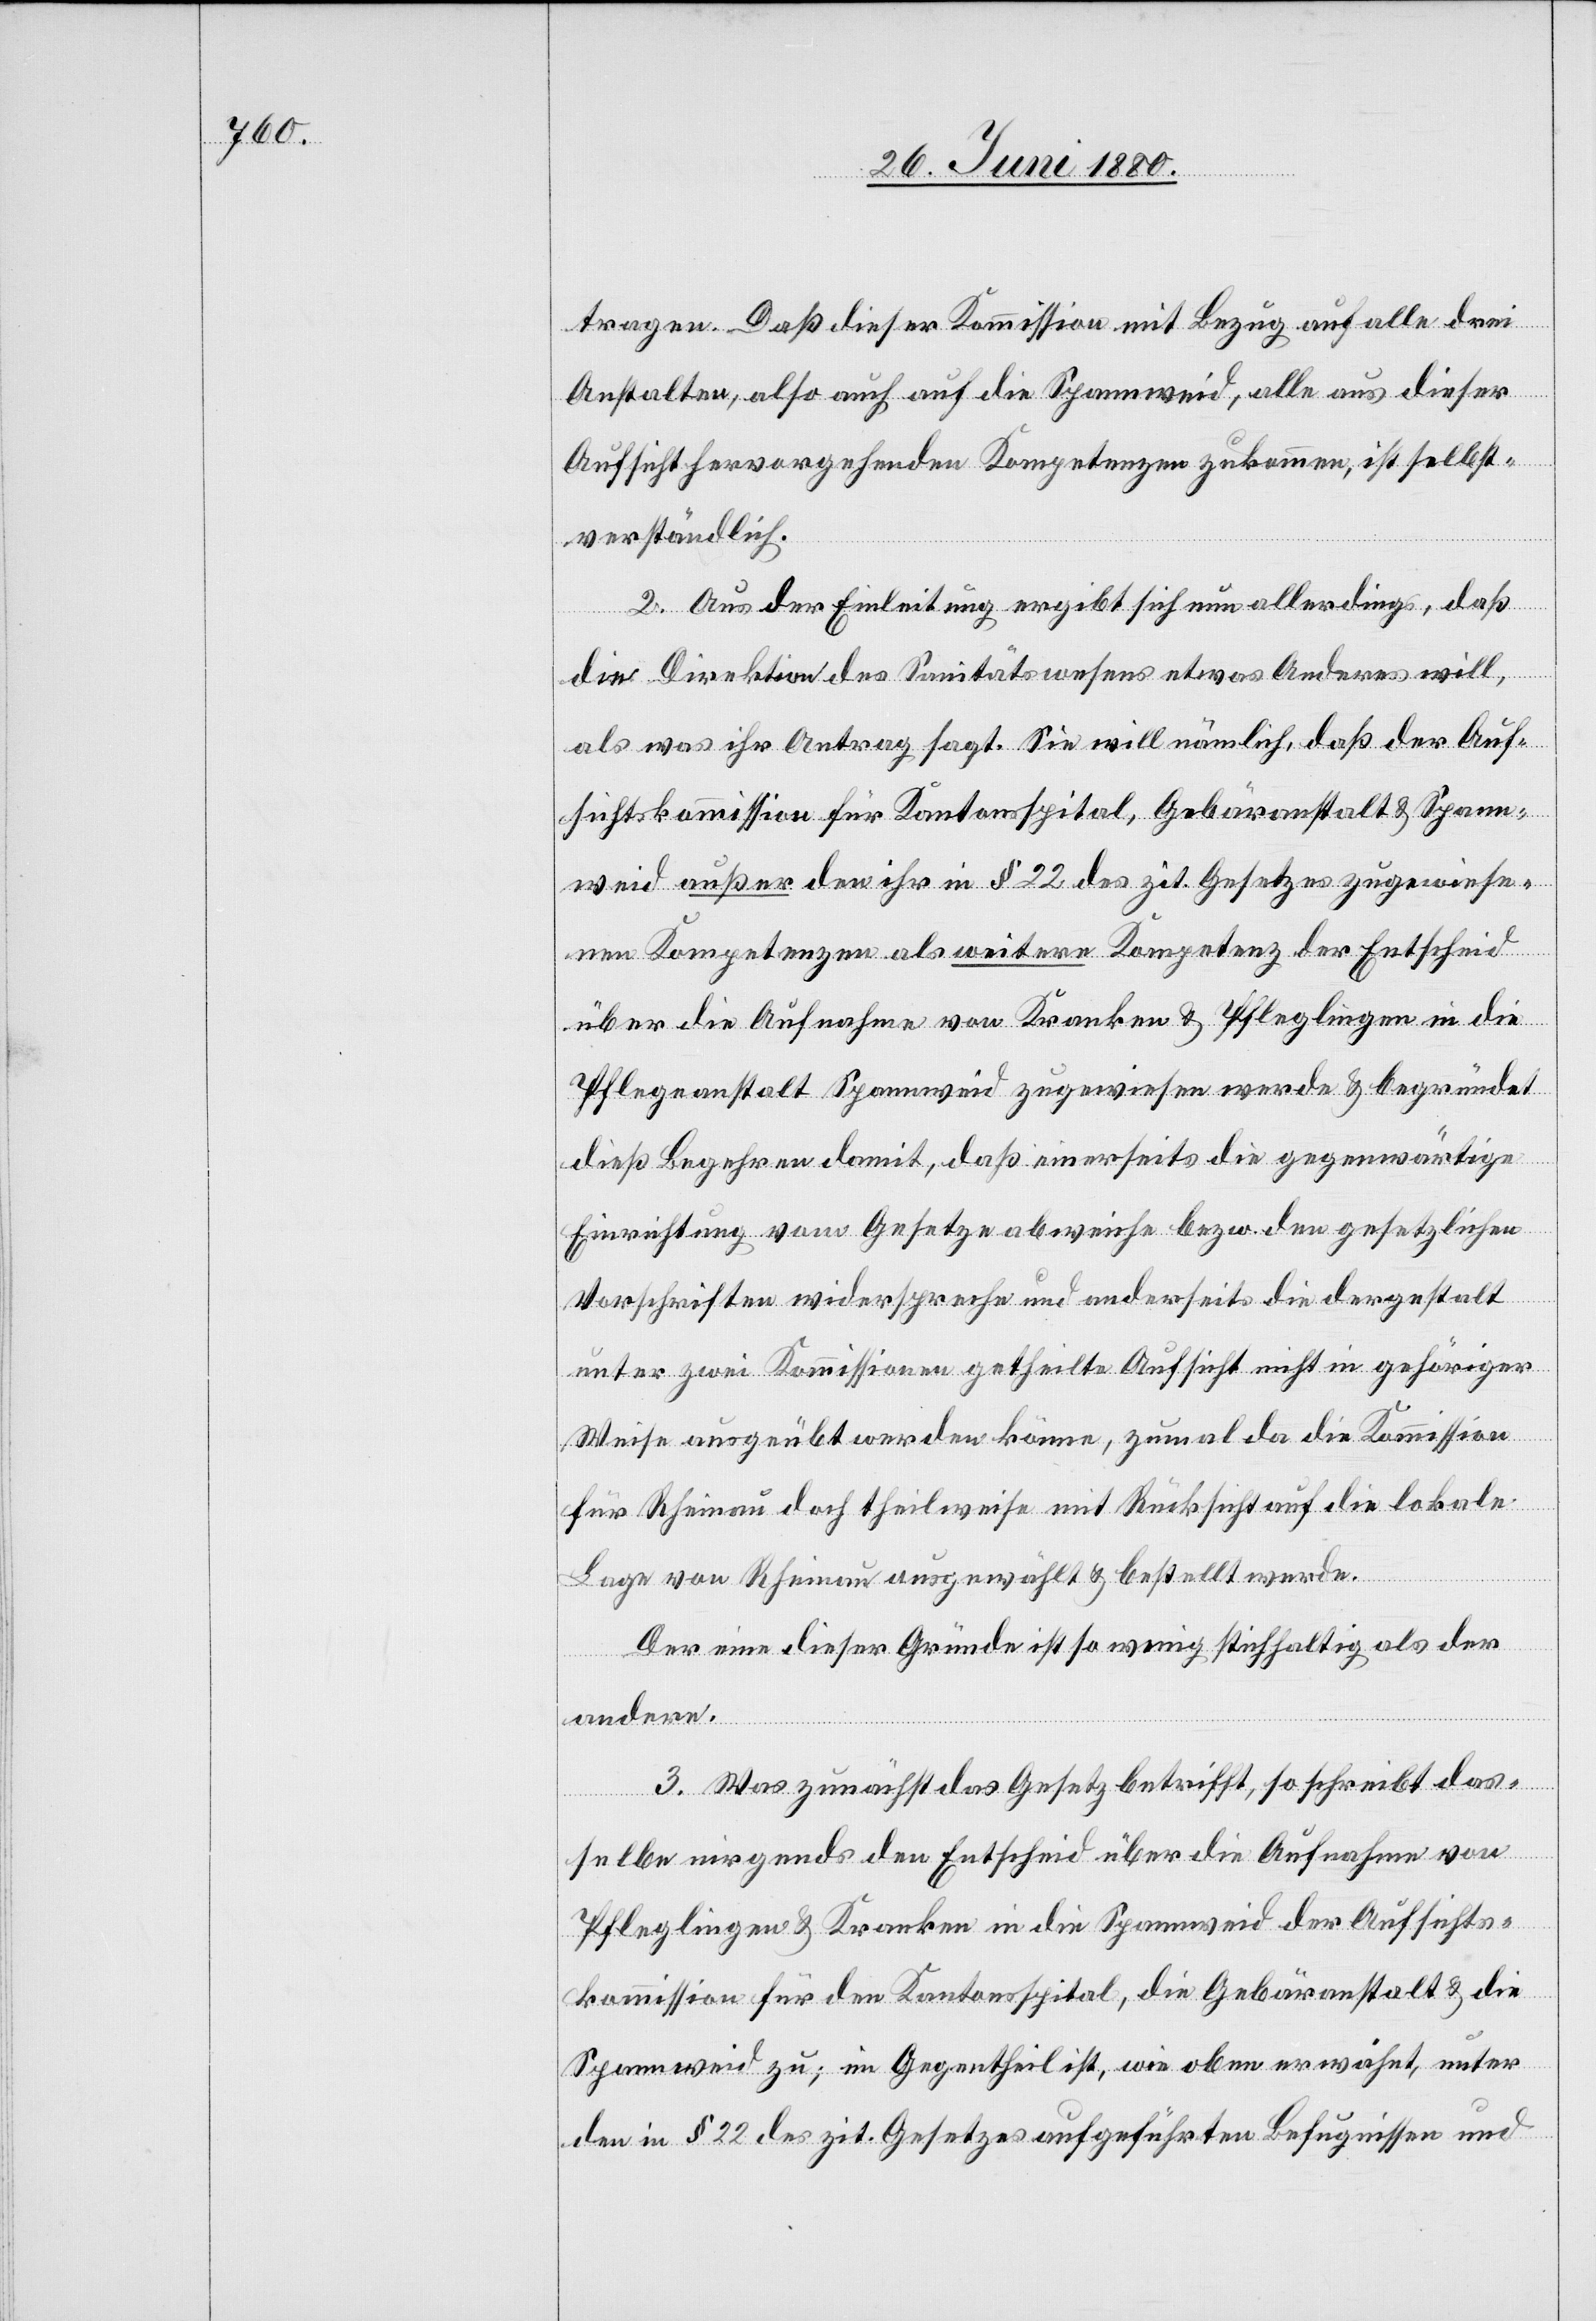
tragen. Daß dieser Kommission mit Bezug auf alle drei
Anstalten, als auch auf die Spannweid, alle aus dieser
Aufsicht hervorgehenden Kompetenzen zukommen, ist selbst¬
verständlich.
2. Aus der Einleitung ergibt sich nun allerdings, daß
die Direktion des Sanitätswesens etwas Anderes will,
als was ihr Antrag sagt. Sie will nämlich, daß der Auf¬
sichtskommission für Kantonsspital, Gebäranstalt & Spann¬
weid außer den ihr in § 22 des zit. Gesetzes zugewiese¬
nen Kompetenzen als weitere Kompetenz der Entscheid
über die Aufnahme von Kranken- & Pfleglingen in die
Pflegeanstalt Spannweis zugewiesen werde & begründet
dieß Begehren damit, daß einerseits die gegenwärtige
Einrichtung vom Gesetze abweiche bezw. den gesetzlichen
Vorschriften widerspreche und anderseits die dergestalt
unter zwei Kommissionen getheilte Aufsicht nicht in gehöriger
Weise ausgeübt werden könne, zumal da die Kommission
für Rheinau doch theilweise mit Rücksicht auf die lokale
Lage von Rheinau ausgewählt & bestellt werde.
Der eine dieser Gründe ist so wenig stichhaltig als der
andere,
3. Was zunächst das Gesetz betrifft, so schreibt das¬
selbe nirgends den Entscheid über die Aufnahme von
Pfleglingen & Kranken in die Spannweid der Aufsichts¬
kommission für den Kantonsspital, die Gebäranstalt & die
Spannweid zu; im Gegentheil ist, wie oben erwähnt, unter
den in § 22 des zit. Gesetzes aufgeführten Befugnissen und